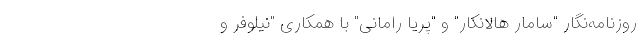
روزنامه‌نگار "سامار هالانکار" و "پریا رامانی" با همکاری "نیلوفر و